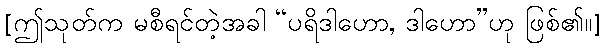
[ဤသုတ်က မစီရင်တဲ့အခါ “ပရိဒါဟော, ဒါဟော”ဟု ဖြစ်၏။]